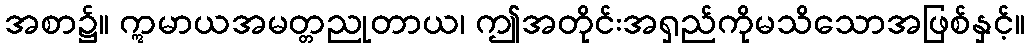
အစာ၌။ ဣမာယအမတ္တညုတာယ၊ ဤအတိုင်းအရှည်ကိုမသိသောအဖြစ်နှင့်။